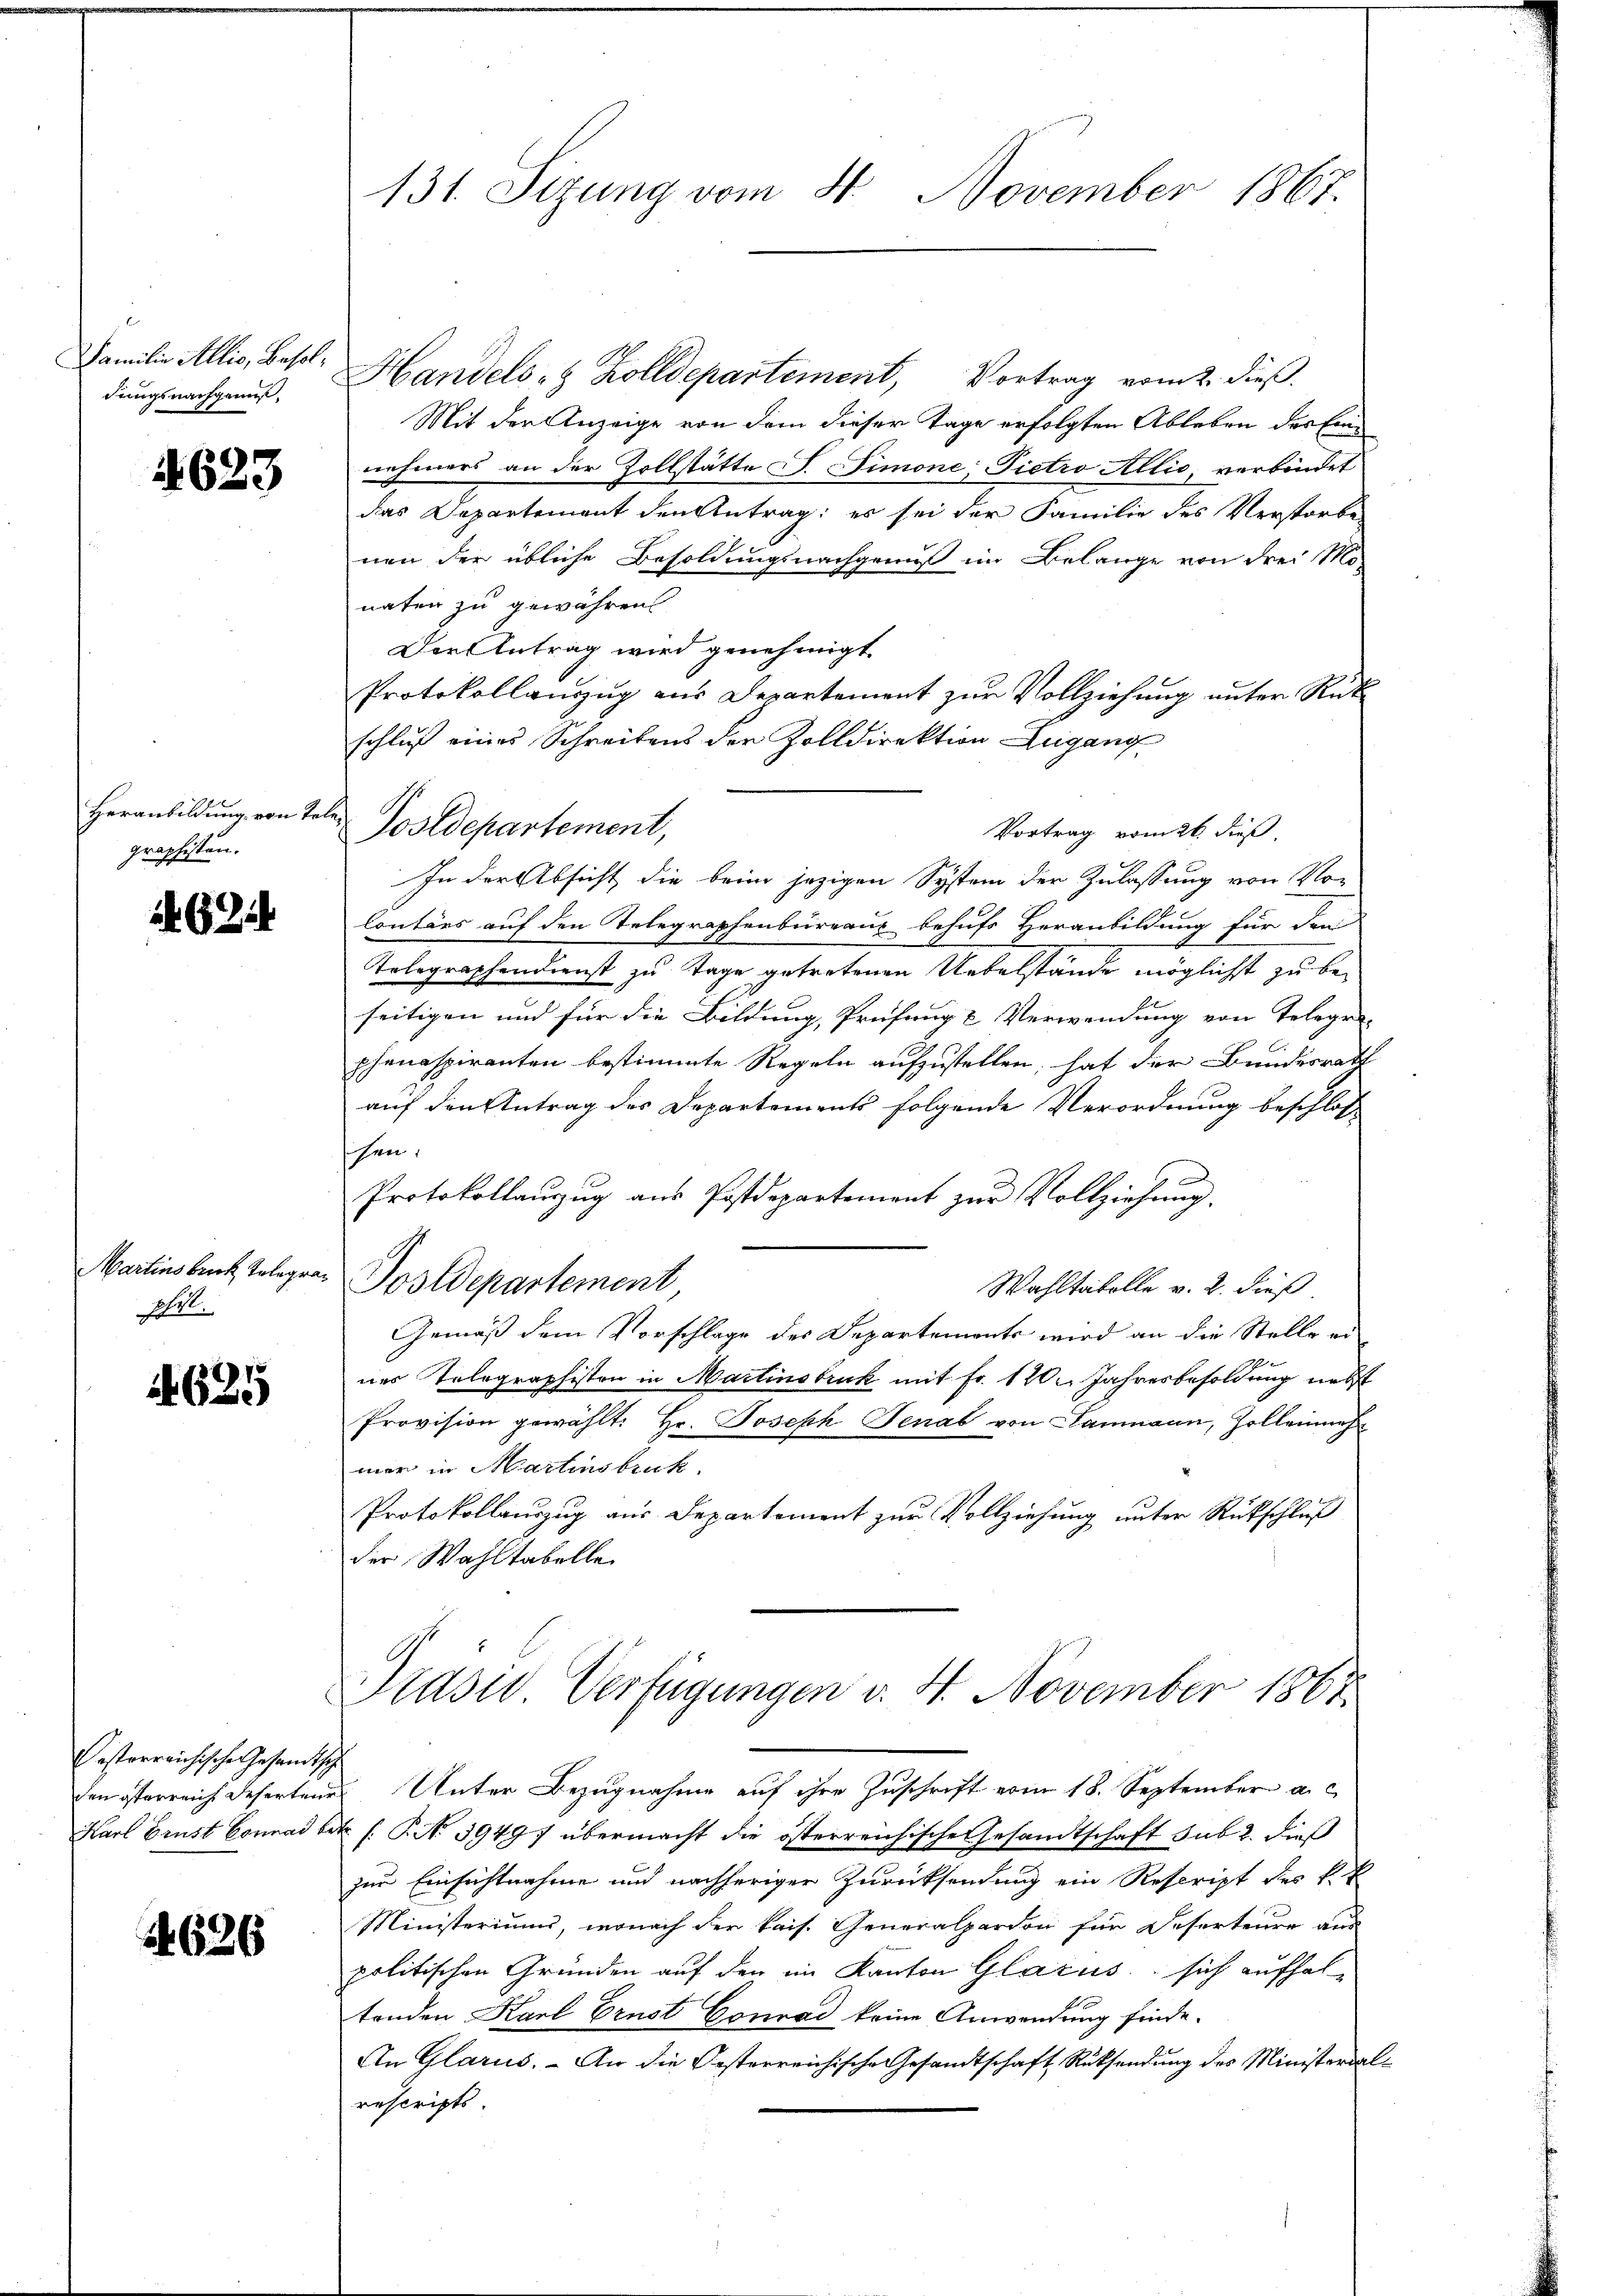
Familie Allis, Besoldungsnachgenus,

4623

Heranbildung von Te
graphisten.

Martinsbruck Telegra¬
Art.

625

Oesterreichische Gesandtsch

4626

Handels- & Zolldepartement, Vortrag vom 2. dieß.
Mit der Anzeige von dem dieser Tage erfolgten Ableben des Einnehmers an der Zollstätte S. Simone; Pietro Allio, verbindet
das Departement den Antrag; es sei der Familie des Verstorbe
nen der übliche Besoldungsnachgenuß im Belange von drei Mo-
naten zu gewähren
Der Antrag wird genehmigt
Protokollauszug aus Departement zur Vollziehung unter Rück-
schluß eines Schreibens der Zolldirektion Zugang
i
Vortrag vom 26. dieß,
In der Absicht die beim jezigen System der Zulassung von Vor
Contärs auf den Telegraphenbureaus behufs Heranbildung für den
Telegraphendienst zu Tage getretenen Uebelstände möglichst zu beseitigen und für die Bildung, Prüfung & Verwendung von Telege
phenaspiranten bestimmte Regeln aufzustellen, hat der Bundesrath
auf den Antrag des Departements folgende Verordnung beschloss
sehen.
Protokollauszug aus Postdepartement zur Vollziehung.
Postdepartement,
Wahltatelle v. 2. dieß
Gemäß dem Vorschlage des Departements wird an die Stelle ei
h
nes Telegraphisten in Martinsbruck mit Fr. 120. Jahresbesoldung nebst
Provision gewählt: Hr. Joseph Senat von Samnaun, Zollenmeh
mar in Martinsbruck.
Protokollauszug aus Departement zur Vollziehung unter Rückschluß
der Wahltabelle
Präsid. Verfügungen v. 4. November 1861

131. Sizung vom 4 November 1867.

Postdepartement,

den österreich defertenes Unter Bezugnahme auf ihre Zuschrift vom 18. September a. c
Karl Brust Conrad bet. (: P. No 39497 übermacht die österreichische Gesandtschaft sub 2. dieß
zur Einsichtnahme und nachheriger Zurücksendung ein Rescript des k. k
Ministeriums, wonach der kais. Generalpardon für Deserteure aus
politischen Gründen auf den im Kanton Glarus sich aufhaltenden Karl Ernst Conrad keine Anwendung finde.
An Glarus. - An die Oesterreichische Gesandtschaft Rücksendung des Ministerdalrescripts